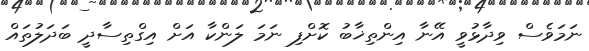
ނަމަވެސް ވިދާޅުވީ އޭނާ އިންތިޚާބު ކޮށްފި ނަމަ ލަންކާ އަށް އިގްތިސާދީ ބަދަލުތައް